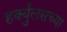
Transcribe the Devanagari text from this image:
हर्क्युलसच्या